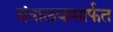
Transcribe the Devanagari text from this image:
मंत्रालयामार्फत